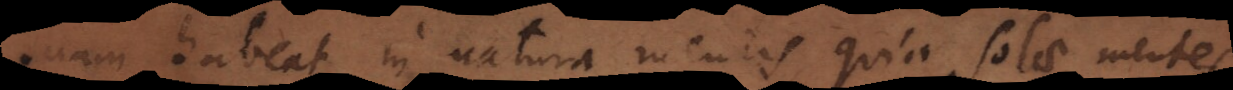
suam habeat in natura mentis quia solae mentes